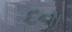
દના